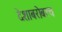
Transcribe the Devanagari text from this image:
देशाबरोबरच